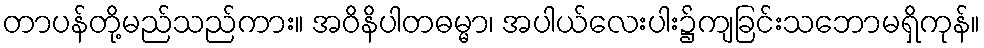
တာပန်တို့မည်သည်ကား။ အဝိနိပါတဓမ္မာ၊ အပါယ်လေးပါး၌ကျခြင်းသဘောမရှိကုန်။